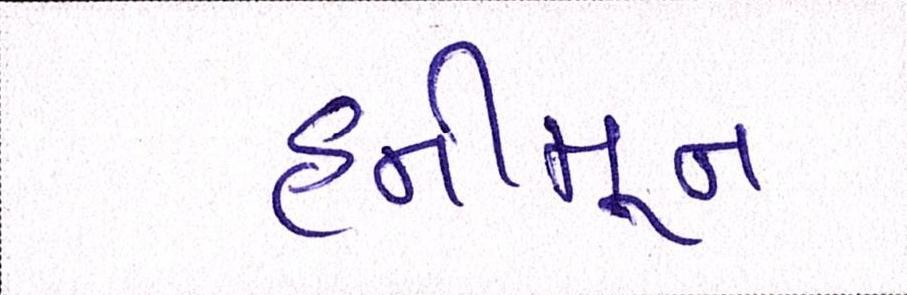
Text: હનીમૂન